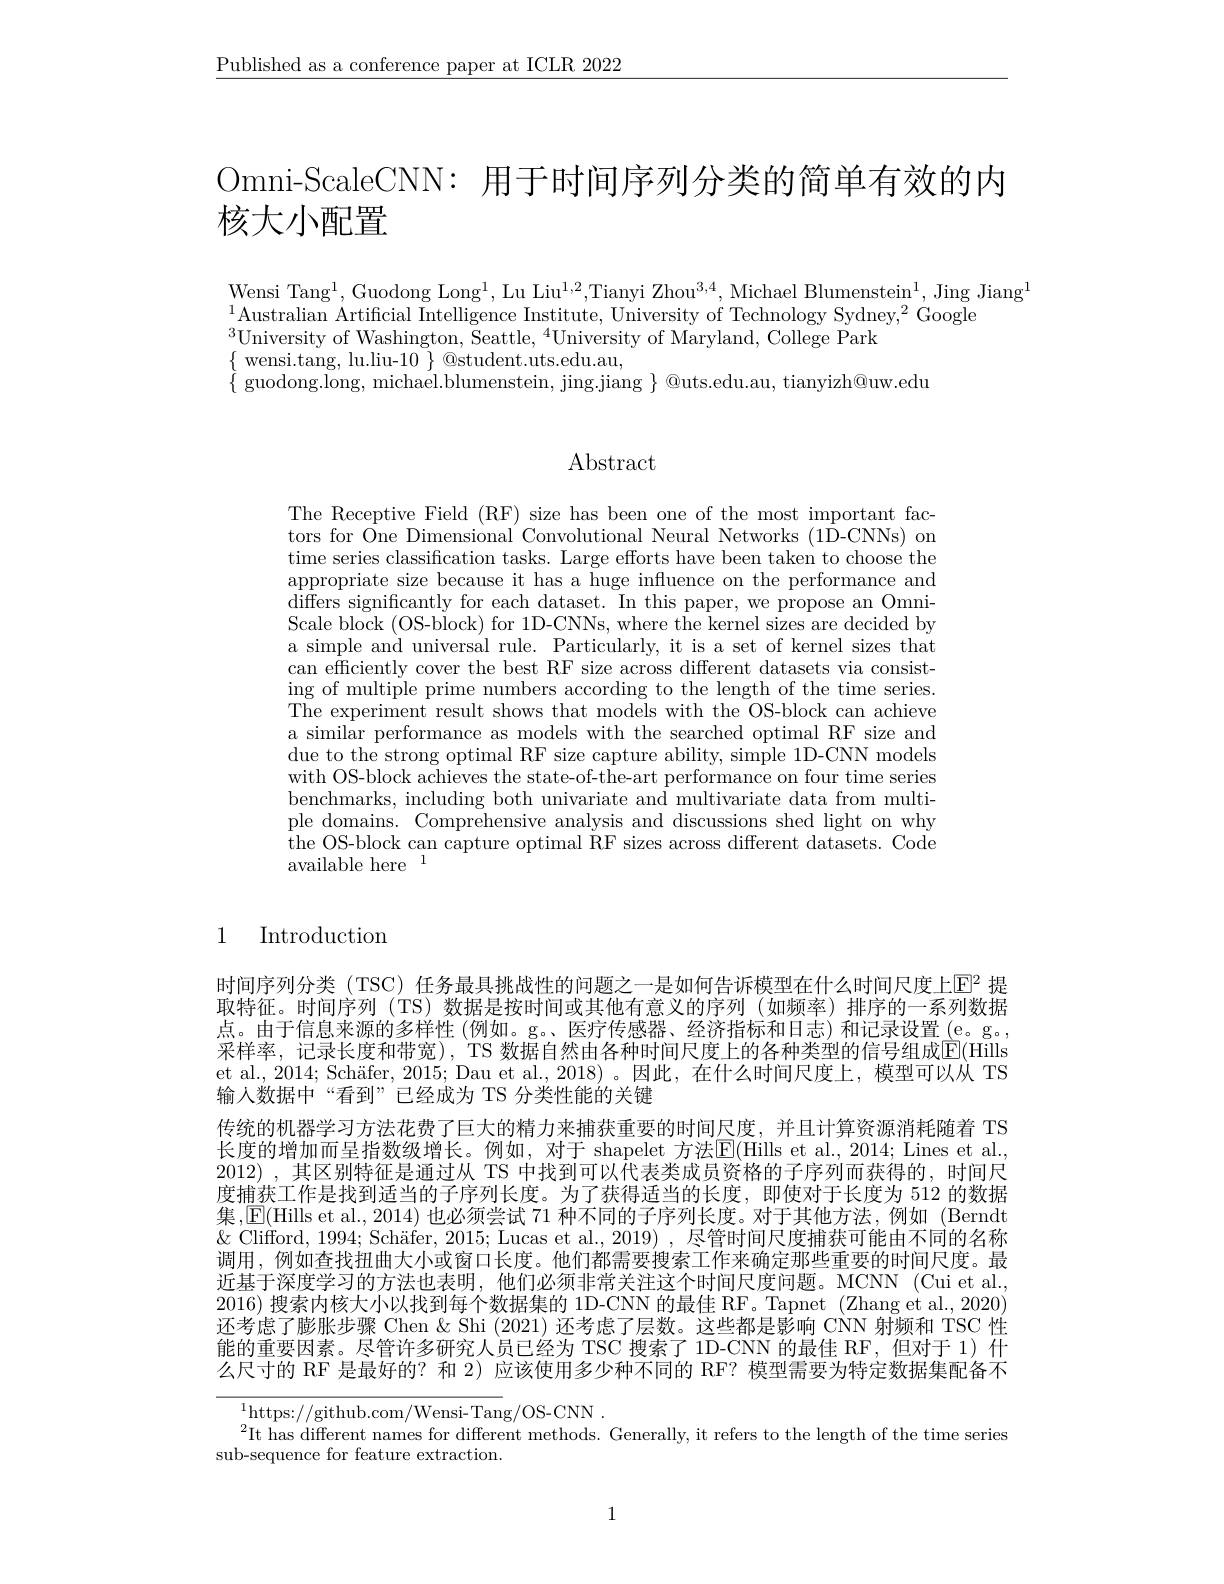
$\underline{\text{Published as a conference paper at ICLR 2022}}$

Omni-ScaleCNN: 用于时间序列分类的简单有效的内
# 核大小配置

Wensi Tang$^1$,Guodong Long$^1$, Lu Liu$^1,2$,Tianyi Zhou$^3,4$, Michael Blumenstein$^1$, Jing Jiang$^1$
$^{1}$Australian Artificial Intelligence Institute, University of Technology Sydney,$^2$ Google
$^{3}$University of Washington, Seattle, $^{4}$University of Maryland, College Park
$\{\mathop{\mathrm{wensi.tang,~lu.liu-10~}}\}\mathop{\mathrm{Qstudent.uts.edu.au,}}$
$\{$ guodong.long, michael.blumenstein, jing.jiang $\}$ @uts.edu.au, tianyizh@uw.edu

# Abstract

The Receptive Field (RF) size has been one of the most important factors for One Dimensional Convolutional Neural Networks (1D-CNNs) on time series classification tasks. Large efforts have been taken to choose the appropriate size because it has a huge influence on the performance and differs significantly for each dataset. In this paper, we propose an OmniScale block (OS-block) for 1D-CNNs, where the kernel sizes are decided by a simple and universal rule. Particularly, it is a set of kernel sizes that can efficiently cover the best RF size across different datasets via consisting of multiple prime numbers according to the length of the time series. The experiment result shows that models with the OS-block can achieve a similar performance as models with the searched optimal RF size and due to the strong optimal RF size capture ability, simple 1D-CNN models with OS-block achieves the state-of-the-art performance on four time series benchmarks, including both univariate and multivariate data from multiple domains. Comprehensive analysis and discussions shed light on why the OS-block can capture optimal RF sizes across different datasets. Code available here $^1$

1

# Introduction

时间序列分类 (TSC) 任务最具挑战性的问题之一是如何告诉模型在什么时间尺度上$\mathbb{E}^{2}$ 提取特征。时间序列 (TS)数据是按时间或其他有意义的序列 (如频率)排序的一系列数据点。由于信息来源的多样性(例如。g。、医疗传感器、经济指标和日志)和记录设置(e。g。采样率，记录长度和带宽), TS 数据自然由各种时间尺度上的各种类型的信号组成$\overline{\mathrm{E}}($Hills et al., 2014; Schäfer, 2015; Dau et al., 2018) 。因此，在什么时间尺度上，模型可以从 TS 输入数据中“看到”已经成为 TS 分类性能的关键
传统的机器学习方法花费了巨大的精力来捕获重要的时间尺度，并且计算资源消耗随着 TS 长度的增加而呈指数级增长。例如，对于 shapelet 方法$\boxed{\mathrm{E}}($Hills et al., 2014; Lines et al. 2012),其区别特征是通过从 TS 中找到可以代表类成员资格的子序列而获得的，时间尺度捕获工作是找到适当的子序列长度。为了获得适当的长度，即使对于长度为 512 的数据集，$\overline{\mathbb{E}}($Hills et al., 2014) 也必须尝试 71 种不同的子序列长度。对于其他方法，例如 (Berndt $\&$ Clifford, 1994; Schäfer, 2015; Lucas et al., 2019), 尽管时间尺度捕获可能由不同的名称调用，例如查找扭曲大小或窗口长度。他们都需要搜索工作来确定那些重要的时间尺度。最近基于深度学习的方法也表明，他们必须非常关注这个时间尺度问题。MCNN (Cui et al., 2016) 搜索内核大小以找到每个数据集的 1D-CNN 的最佳 RF。Tapnet (Zhang et al., 2020) 还考虑了膨胀步骤 Chen & Shi (2021) 还考虑了层数。这些都是影响 CNN 射频和 TSC 性能的重要因素。尽管许多研究人员已经为 TSC 搜索了 1D-CNN 的最佳 RF,但对于 1) 什么尺寸的 RF 是最好的？和 2) 应该使用多少种不同的 RF? 模型需要为特定数据集配备不

$^{1}$https://github.com/Wensi-Tang/OS-CNN
$^2$It has different names for different methods. Generally, it refers to the length of the time series
sub-sequence for feature extraction.